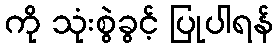
ကို သုံးစွဲခွင့် ပြုပါရန်